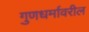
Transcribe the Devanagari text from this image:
गुणधर्मावरील